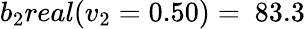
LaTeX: b_{2}real(v_{2}=0.50)=\ 83.3